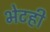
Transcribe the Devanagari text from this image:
भेटही